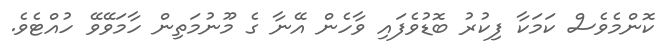
ކޮންމެވެސް ކަމަކާ ފިކުރު ބޮޑުވެފައި ވާހެން އޭނާ ގެ މޫނުމަތިން ހާމަވޭވޭ ހުއްޓެވެ.